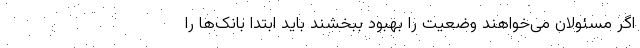
اگر مسئولان می‌خواهند وضعیت را بهبود ببخشند باید ابتدا بانک‌ها را